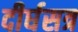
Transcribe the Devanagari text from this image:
दीर्घसत्र